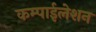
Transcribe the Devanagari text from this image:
कम्पाईलेशन